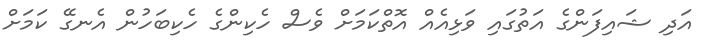
އަދި ޝައިފަންގެ އަތުގައި ވަޅިއެއް އޮތްކަމަށް ވެސް ހެކިންގެ ހެކިބަހުން އެނގޭ ކަމަށް